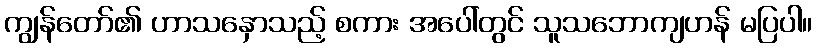
ကျွန်တော်၏ ဟာသနှောသည့် စကား အပေါ်တွင် သူသဘောကျဟန် မပြပါ။